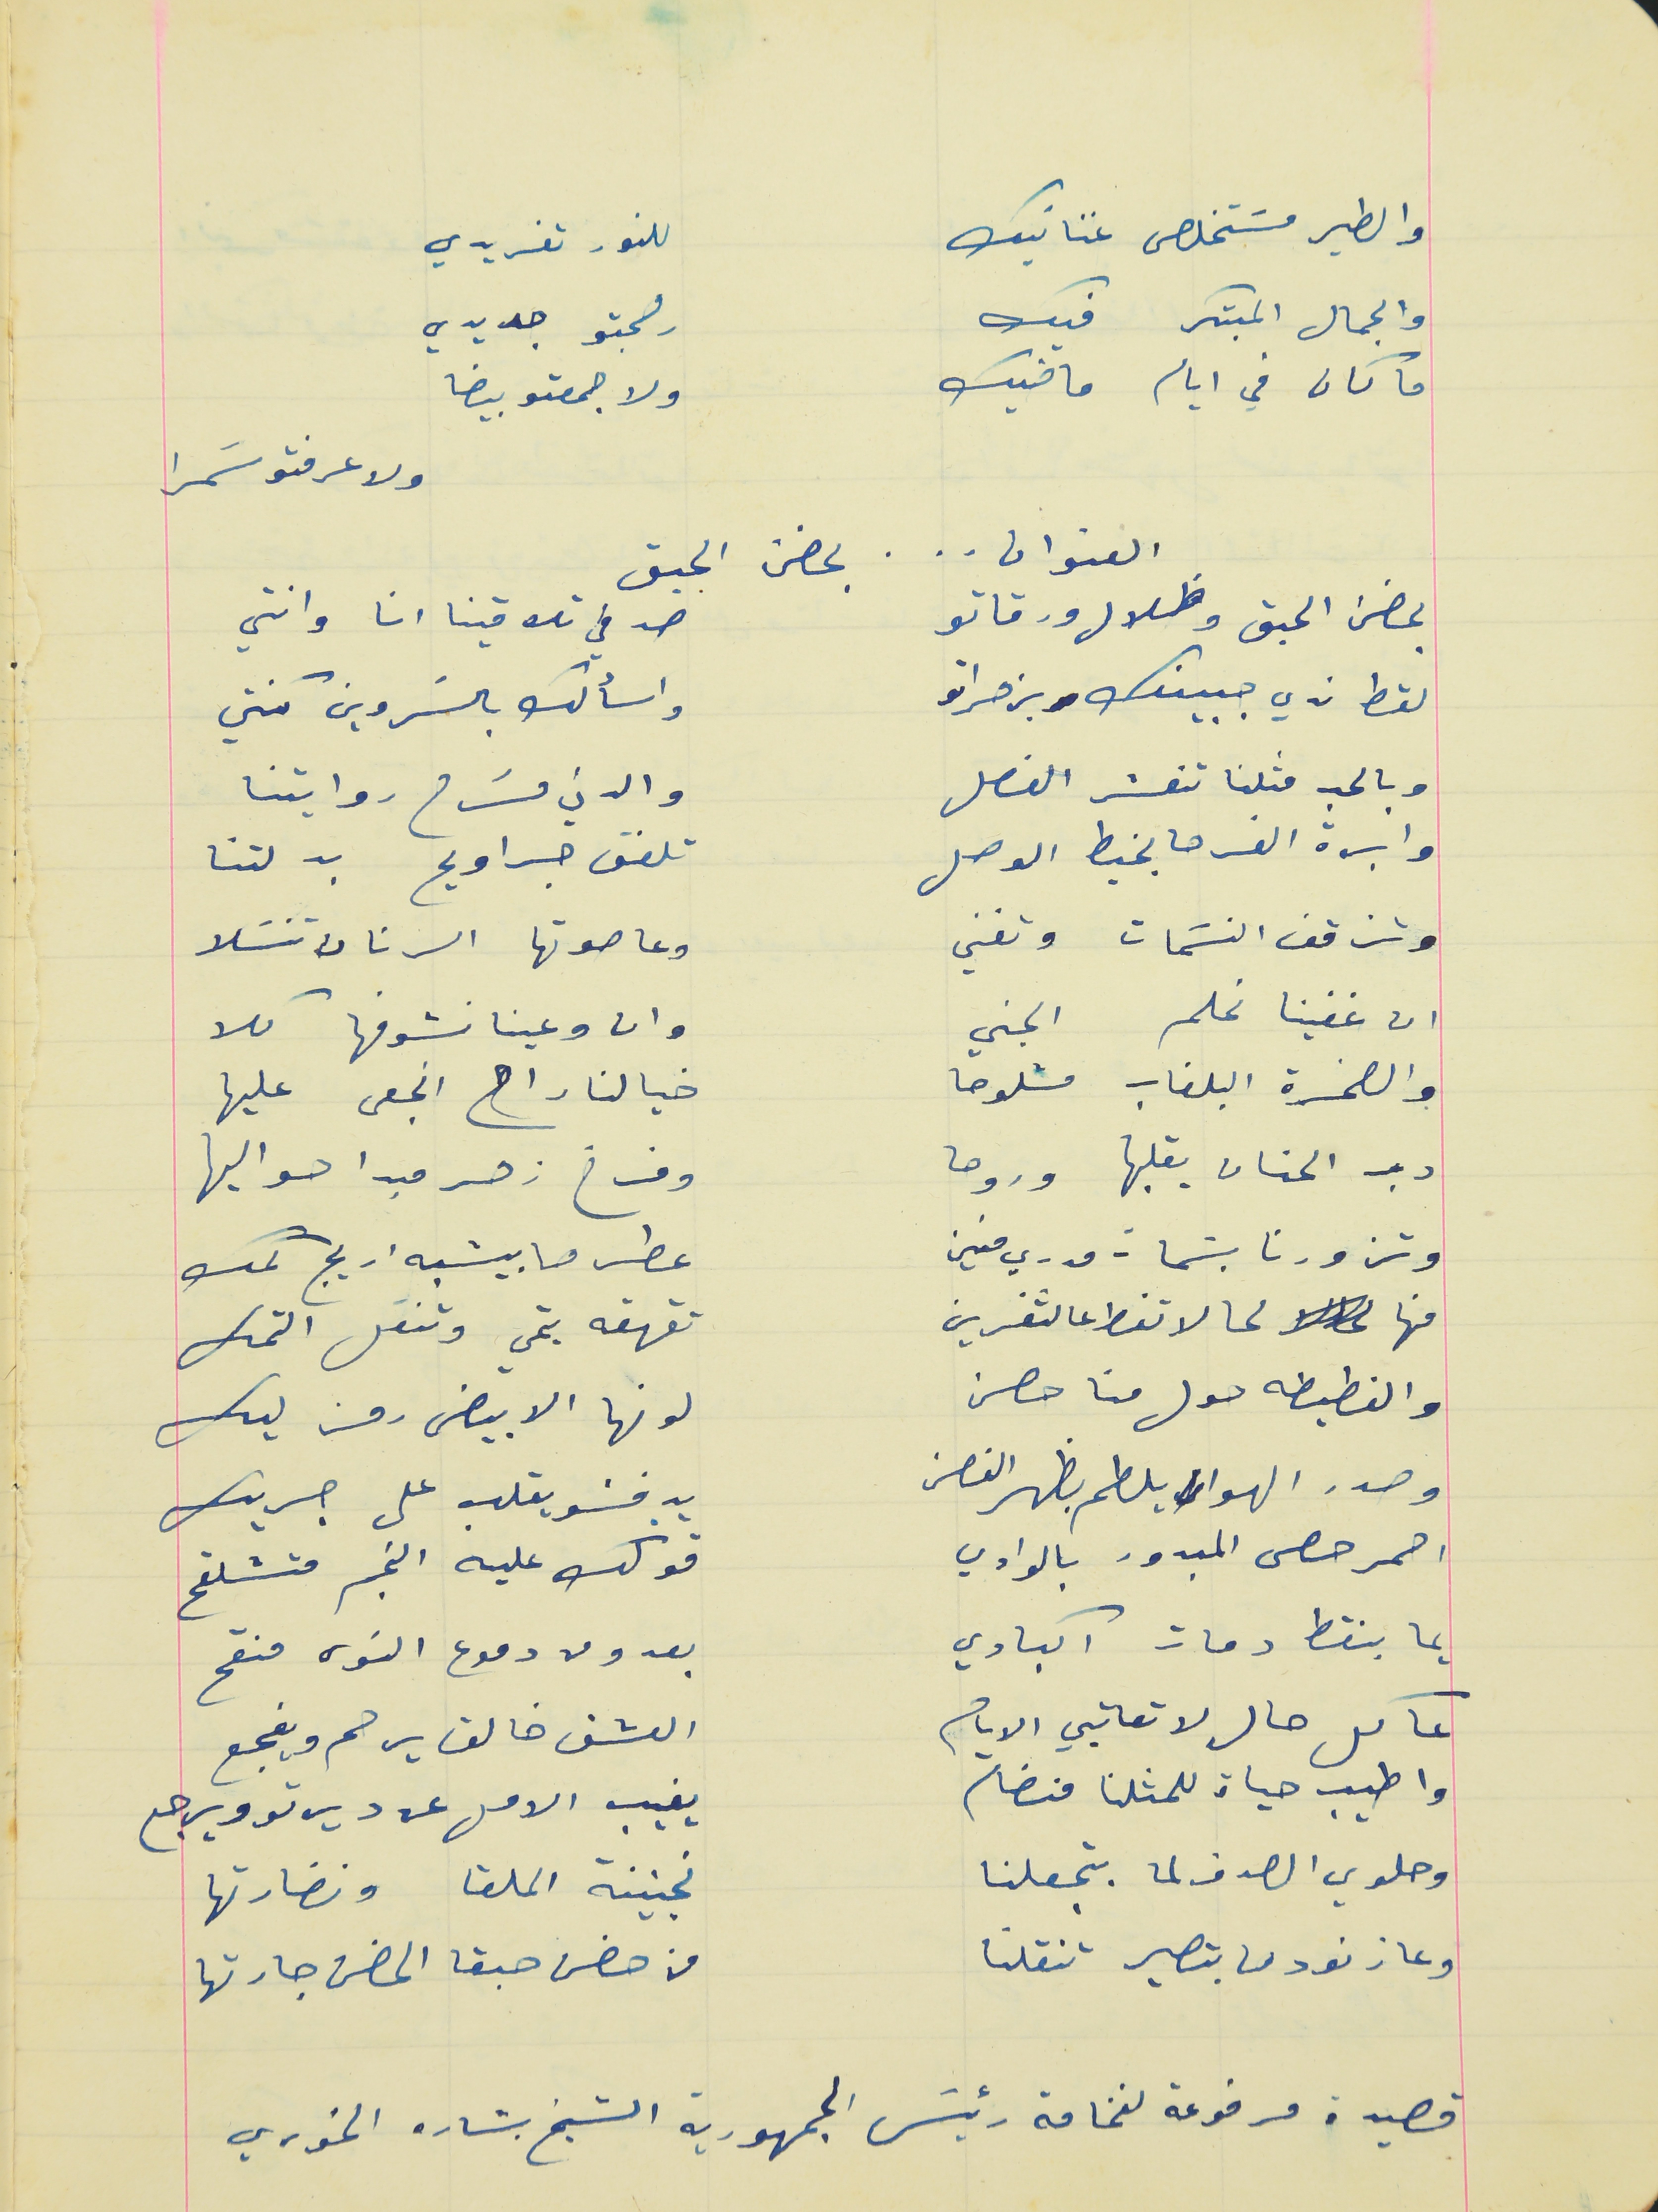
والطير مسَتخلص غنانيك                                          للنور تغريدي
والجمال المبتكر فيك                                              رهجتو جديدي
ما كان في ايام ماضيك                                            ولا جمعتو بيضا
ولا عرفتو سَمرا
بحضن الحبق وظلال ورقاتو                                    صدفي تلاقينا انا وانتي
نقط ندي جبينك بزهراتو                                      واسألك بالسَر وين كنتي
وبالحب مثلنا تنفسَ الفصل                                       والدني مسَرح روايتنا
وابرة الفرحه بخيط الوصل                                        تلفق جراويح بدلتنا
وتزقف النسَمات وتغني                                          وعا صوتها الرنان نتسَلا
ان غفينا نحلم الجني                                               وانا وعينا نشوفها كلا
والصخرة البلغاب مشلوحا                                       خيالنا راح انجعى عليها
دب الحنان يقبلها وروحا                                          وفرخ زهر مبدا حواليها
وتزورنا بسَمات مدري منين                                      عطر ما بيشبه اريج كمك
منها لحالا تنط عالثغرين                                          تقهقه بتمي وتنقل التمك
والنطيطه حول منا حصن                                         لونها الابيض رمز ليك
وصدر الهوا يلطم بظهر الغصن                                يدفشو يقلب  على جريك
احمر حصى المبدور بالوادي                                        قولك عليه النجر متشلقح
يما بنقط دمات اكبادي                                            بعدو من دموع النوى منقح
عا كل حال لا تعاتبي الايام                                        العشق خالق يرحم ويفجع
واطيب حياة للمثلنا منضام                                      يغيب الامل عن ديرتو ويرجع
وحلوي الصدف لما بتجعلنا                                      kجنينة الملقا ونضارتها
وعا زنودها بتصير تنقلنا                                            من حضن حبقا الحضن جارتها
قصيدة مرفوعة لفخامة رئيسَ الجمهورية الشيخ بشاره الخوري
العنوان     .    .    .    بحضن الحبق